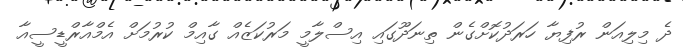
ދެ މިލިއަން ރުފިޔާ ހަރަދުކޮށްގެން ތިނަދޫގައި އިސްލާމީ މަރުކަޒެއް ގާއިމް ކުރުމަށް އެމްއާރްޑީސީއާ